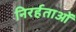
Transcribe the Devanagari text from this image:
निरर्हताओं